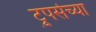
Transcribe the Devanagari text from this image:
ट्रुपर्सच्या